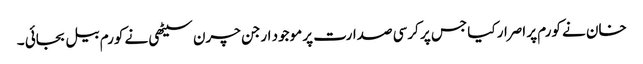
خان نے کورم پر اصرار کیا جس پر کرسی صدارت پر موجود ارجن چرن سیٹھی نے کورم بیل بجائی ۔